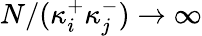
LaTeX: N/(\kappa_{i}^{+}\kappa_{j}^{-})\to\infty